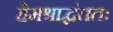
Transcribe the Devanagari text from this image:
हेमश्राद्धंततः